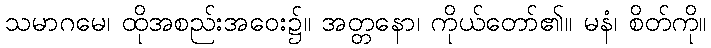
သမာဂမေ၊ ထိုအစည်းအဝေး၌။ အတ္တနော၊ ကိုယ်တော်၏။ မနံ၊ စိတ်ကို။